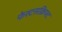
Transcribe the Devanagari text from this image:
फेस्टसक्रिफ्ट